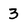
Character: 3